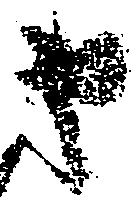
申